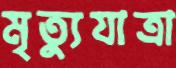
মৃত্যুযাত্রা